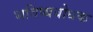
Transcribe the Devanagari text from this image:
भविष्यबोधक